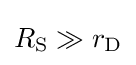
R_{\text{S}}\gg r_{\text{D}}